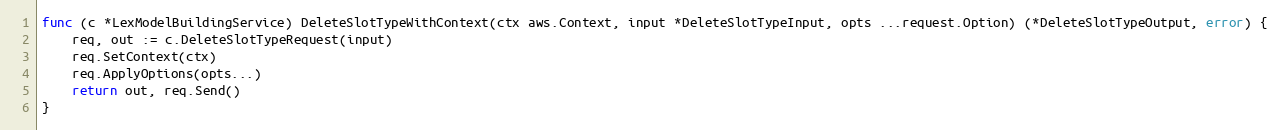
Language: Go
func (c *LexModelBuildingService) DeleteSlotTypeWithContext(ctx aws.Context, input *DeleteSlotTypeInput, opts ...request.Option) (*DeleteSlotTypeOutput, error) {
	req, out := c.DeleteSlotTypeRequest(input)
	req.SetContext(ctx)
	req.ApplyOptions(opts...)
	return out, req.Send()
}